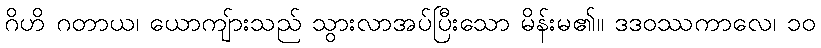
ဂိဟိ ဂတာယ၊ ယောကျ်ားသည် သွားလာအပ်ပြီးသော မိန်းမ၏။ ဒဒဝဿကာလေ၊ ၁၀